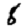
Digit: 8